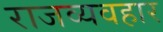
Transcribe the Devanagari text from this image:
राजव्यवहार